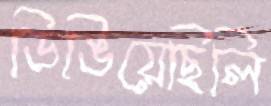
ডিঙিয়েছিলি